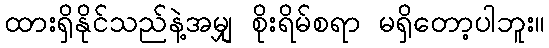
ထားရှိနိုင်သည်နဲ့အမျှ စိုးရိမ်စရာ မရှိတော့ပါဘူး။